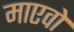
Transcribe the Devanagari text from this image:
माएवो